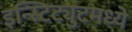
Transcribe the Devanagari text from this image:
इन्स्टिट्युटमध्ये